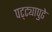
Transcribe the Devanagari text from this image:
पट्ट्यापुढे